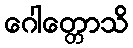
ဂေါတ္တောသိ